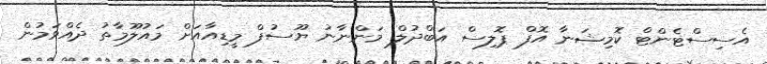
އެސިސްޓެންޓް ކޮމިޝަނާ އޮފް ޕޮލިސް އަބްދުލް މަންނާނު ޔޫސުފް މީޑިއާއަށް މައުލޫމާތު ދެއްވަމުން